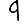
Digit: 9